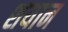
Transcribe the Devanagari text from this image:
शयान